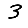
Digit: 3